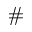
\#